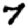
Digit: 7